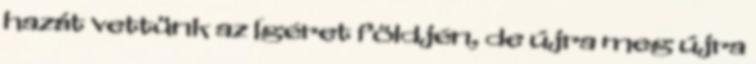
hazát vettünk az Ígéret földjén, de újra meg újra